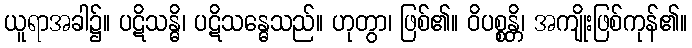
ယူရာအခါ၌။ ပဋိသန္ဓိ၊ ပဋိသန္ဓေသည်။ ဟုတွာ၊ ဖြစ်၏။ ဝိပစ္စန္တိ၊ အကျိုးဖြစ်ကုန်၏။